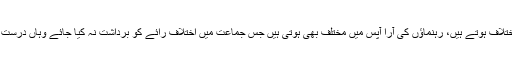
سیاسی جماعتوں میں اختلاف ہوتے ہیں، رہنماﺅں کی آرا آپس میں مختلف بھی ہوتی ہیں جس جماعت میں اختلاف رائے کو برداشت نہ کیا جائے وہاں درست فیصلے نہیں ہوسکتے۔